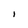
Character: I